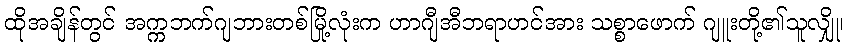
ထိုအချိန်တွင် အက္ကဘက်ဂျဘားတစ်မြို့လုံးက ဟာဂျီအီဘရာဟင်အား သစ္စာဖောက် ဂျူးတို့၏သူလျှို၊